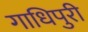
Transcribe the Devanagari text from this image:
गाधिपुरी